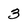
Character: 3